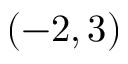
( - 2 , 3 )